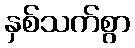
နှစ်သက်စွာ